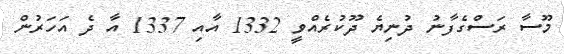
މޫސާ ރަސްގެފާނު ދުނިޔެ ދޫކުރެއްވީ 1332 އާއި 1337 އާ ދެ އަހަރުން